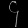
Digit: ၄